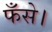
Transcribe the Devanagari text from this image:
फँसे।